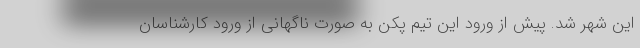
این شهر شد. پیش از ورود این تیم پکن به صورت ناگهانی از ورود کارشناسان